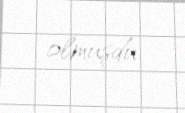
olmuşdu.